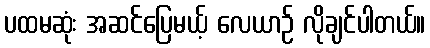
ပထမဆုံး အဆင်ပြေမယ့် လေယာဉ် လိုချင်ပါတယ်။